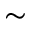
\sim